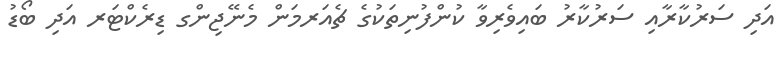
އަދި ސަރުކާރާއި ސަރުކާރު ބައިވެރިވާ ކުންފުނިތަކުގެ ޗެއަރމަން މެނޭޖިންގ ޑިރެކްޓަރ އަދި ބޯޑު